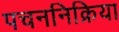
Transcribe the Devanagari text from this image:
पचननिक्रिया